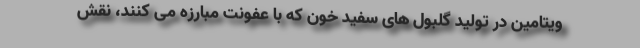
ویتامین در تولید گلبول های سفید خون که با عفونت مبارزه می کنند، نقش